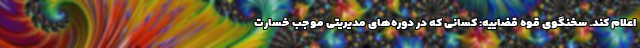
اعلام کند. سخنگوی قوه قضاییه: کسانی که در دوره‌های مدیریتی موجب خسارت